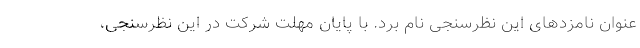
عنوان نامزدهای این نظرسنجی نام برد. با پایان مهلت شرکت در این نظرسنجی،